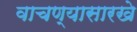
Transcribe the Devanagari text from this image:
वाचण्यासारखे